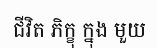
ជីវិត ភិក្ខុ ក្នុង មួយ